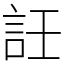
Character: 䚾